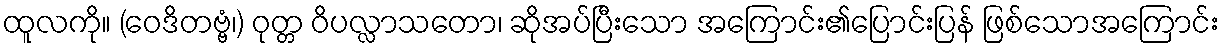
ထူလကို။ (ဝေဒိတဗ္ဗံ၊) ဝုတ္တ ဝိပလ္လာသတော၊ ဆိုအပ်ပြီးသော အကြောင်း၏ပြောင်းပြန် ဖြစ်သောအကြောင်း